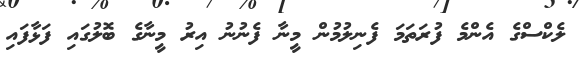
ލެކްސްގެ އެންމެ ފުރަތަމަ ފެނިލުމުން މީނާ ފެނުނު އިރު މީނާގެ ބޮލުގައި ފަޅާފައި